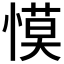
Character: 慔